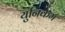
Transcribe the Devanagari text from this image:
युनिकेम